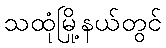
သထုံမြို့နယ်တွင်